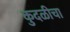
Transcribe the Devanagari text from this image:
कुदळीचा